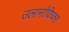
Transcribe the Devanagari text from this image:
उलानोविच्क्स